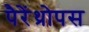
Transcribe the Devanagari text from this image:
पैरेंथ्रोपस